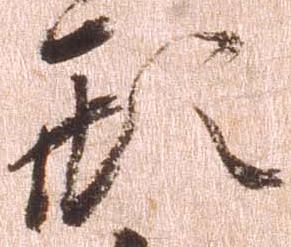
形